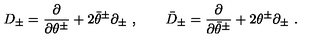
D _ { \pm } = \frac { \partial } { \partial \theta ^ { \pm } } + 2 \bar { \theta } ^ { \pm } \partial _ { \pm } \ , \qquad \bar { D } _ { \pm } = \frac { \partial } { \partial \bar { \theta } ^ { \pm } } + 2 { \theta } ^ { \pm } \partial _ { \pm } \ .